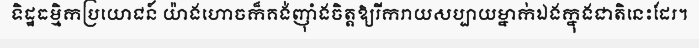
ទិដ្ឋធម្មិកប្រយោជន៍ យ៉ាងហោចក៏គង់ញ៉ាំងចិត្តឱ្យរីករាយសប្បាយម្នាក់ឯងក្នុងជាតិនេះដែរ។